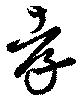
孝